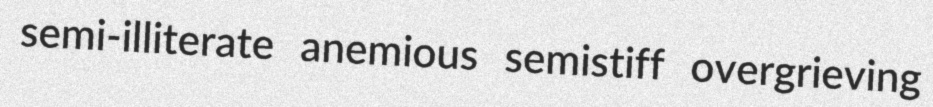
semi-illiterate anemious semistiff overgrieving